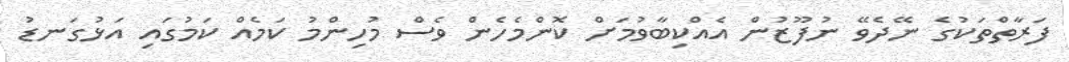
ފަރާތްތަކުގެ ނޭދެވޭ ނުފޫޒުން އެއްކިބާވުމަށް ކޮންމެހެން ވެސް މުހިންމު ކަމެއް ކަމުގައި އަޅުގަނޑު